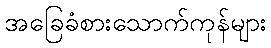
အခြေခံစားသောက်ကုန်များ